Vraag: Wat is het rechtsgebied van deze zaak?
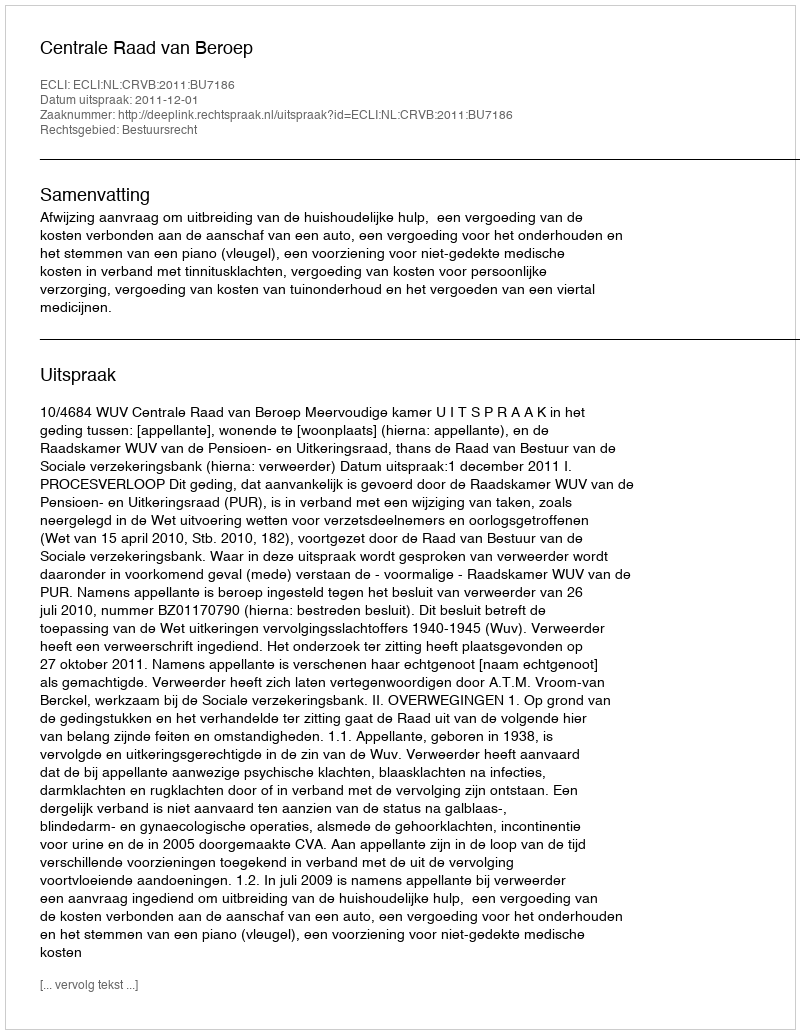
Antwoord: Bestuursrecht